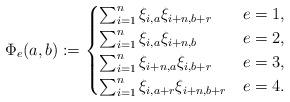
LaTeX: \begin{align*}\Phi_e(a,b):=\begin{cases}\sum_{i=1}^n\xi_{i,a}\xi_{i+n,b+r}&e=1,\\\sum_{i=1}^n\xi_{i,a}\xi_{i+n,b}&e=2,\\\sum_{i=1}^n\xi_{i+n,a}\xi_{i,b+r}&e=3,\\\sum_{i=1}^n\xi_{i,a+r}\xi_{i+n,b+r}&e=4.\end{cases}\end{align*}